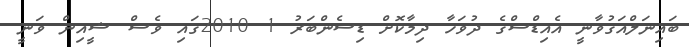
ބައިނަލްއަގުވާނީ އެއިޑްސްގެ ދުވަހާ ދިމާކޮށް ޑިސެންބަރު 1 2010ގައި ވެސް ޝީއިން ވަނީ